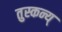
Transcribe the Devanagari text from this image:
तुस्कन्य्